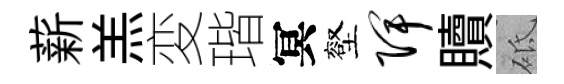
薪羔変瑎冥壑陴贖砥